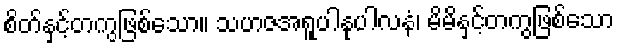
စိတ်နှင့်တကွဖြစ်သော။ သဟဇအရူပါနုပါလနံ၊ မိမိနှင့်တကွဖြစ်သော